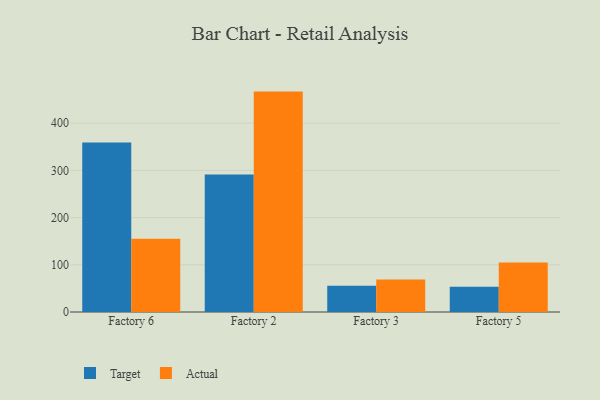
{"axis": {"x": "Factory", "y": "Customer Acquisition Cost (USD)"}, "legend": ["Actual", "Target"], "data": [{"x": "Factory 6", "y": 359.2, "type": "Target"}, {"x": "Factory 6", "y": 155.4, "type": "Actual"}, {"x": "Factory 2", "y": 291.2, "type": "Target"}, {"x": "Factory 2", "y": 466.9, "type": "Actual"}, {"x": "Factory 3", "y": 55.4, "type": "Target"}, {"x": "Factory 3", "y": 68.7, "type": "Actual"}, {"x": "Factory 5", "y": 53.7, "type": "Target"}, {"x": "Factory 5", "y": 104.7, "type": "Actual"}]}